Scottish Leaving Certificate Examination, 1953
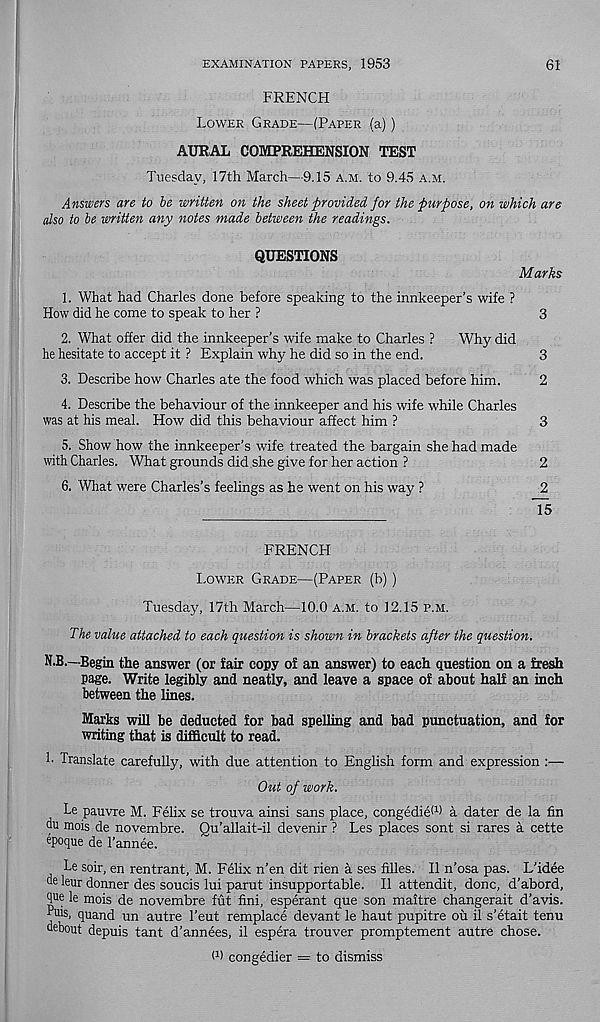
EXAMINATION PAPERS, 1953
61
FRENCH
Lower Grade—(Paper (a))
AURAL COMPREHENSION TEST
Tuesday, 17th March—9.15 a.m. to 9.45 a.m.
Answers are to be written on the sheet provided for the purpose, on which are
also to be written any notes made between the readings.
QUESTIONS
Marks
1. What had Charles done before speaking to the innkeeper’s wife ?
How did he come to speak to her ?
3
2. What offer did the innkeeper’s wife make to Charles ?
Why did
he hesitate to accept it ? Explain why he did so in the end.
3
3. Describe how Charles ate the food which was placed before him.
2
4. Describe the behaviour of the innkeeper and his wife while Charles
was at his meal. How did this behaviour affect him ?
3
5. Show how the innkeeper’s wife treated the bargain she had made
with Charles. What grounds did she give for her action ?
2
6. What were Charles’s feelings as he went on his way ?
2
15
FRENCH
I.ower Grade—(Paper (b))
Tuesday, 17th March—10.0 a.m. to 12.15 p.m.
The value attached to each question is shown in brackets after the question.
N.B.—Begin the answer (or fair copy of an answer) to each question on a fresh
page. Write legibly and neatly, and leave a space of about half an inch
between the lines.
Marks will be deducted for bad spelling and bad punctuation, and for
writing that is difficult to read.
h Translate carefully, with due attention to English form and expression :—
Out of work.
Le pauvre M. Felix se trouva ainsi sans place, congedie (1 > a dater de la fin
du mois de novembre. Qu’allait-il devenir ? Les places sont si rares a cette
epoque de 1’annee.
Le soir, en rentrant, M. Felix n’en dit rien a ses filles. II n’osa pas. L'idee
de leur dormer des soucis lui parut insupportable. II attendit, done, d’abord,
Tie le mois de novembre fut fini, esperant que son maitre changerait d’avis.
Luis, quand un autre 1’eut remplace devant le haut pupitre ou il s’etait tenu
debout depuis tant d’annees, il espera trouver promptement autre chose.
O) congedier — to dismiss